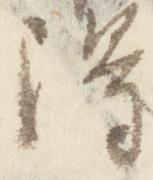
得